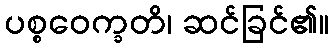
ပစ္စဝေက္ခတိ၊ ဆင်ခြင်၏။